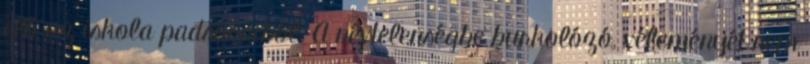
elő az iskola padsoraiból. A névtelenségbe burkolózó, véleményét nem